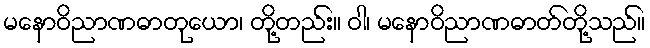
မနောဝိညာဏဓာတုယော၊ တို့တည်း။ ဝါ၊ မနောဝိညာဏဓာတ်တို့သည်။